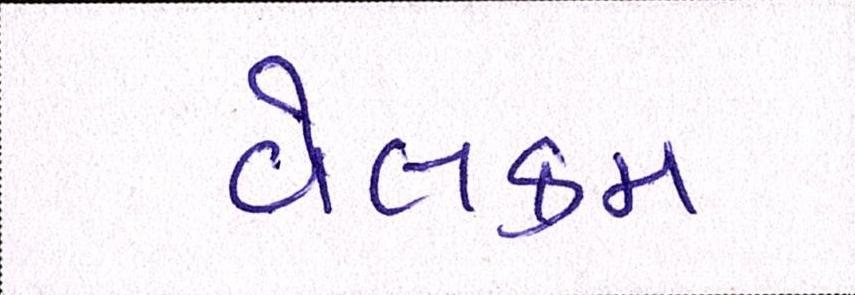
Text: વેલકમ